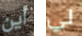
أين لي